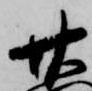
廿